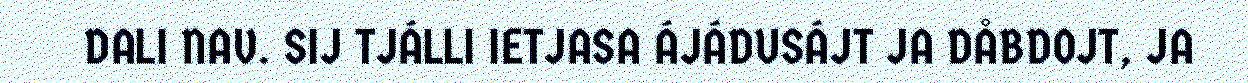
DALI NAV. SIJ TJÁLLI IETJASA ÁJÁDUSÁJT JA DÅBDOJT, JA